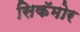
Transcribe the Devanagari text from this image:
सिकॅमोर